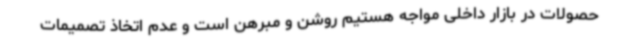
حصولات در بازار داخلی مواجه هستیم روشن و مبرهن است و عدم اتخاذ تصمیمات